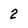
Character: 2